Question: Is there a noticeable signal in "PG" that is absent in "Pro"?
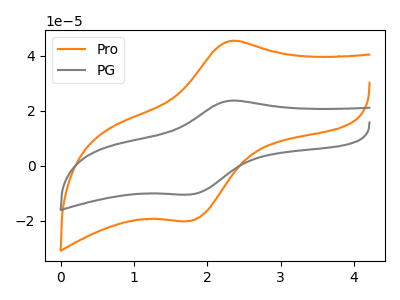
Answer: <think>The orange curve "Pro" has an anodic peak at (2.30V, 45.35uA) and a cathodic peak at (1.75V, -20.10uA). The gray curve "PG" has an anodic peak at (2.30V, 23.65uA) and a cathodic peak at (1.75V, -10.50uA).
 All the peaks in "PG" have a peak in "Pro" at the same potential. Every peak in "PG" is lower than every peak in "Pro".</think>
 <answer>No, "PG" and "Pro" don't appear to be significantly different in shape</answer>
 <eval>no_change</eval>